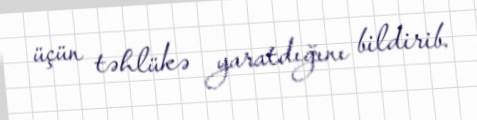
üçün təhlükə yaratdığını bildirib.